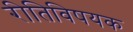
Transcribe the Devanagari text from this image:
रीतिविषयक